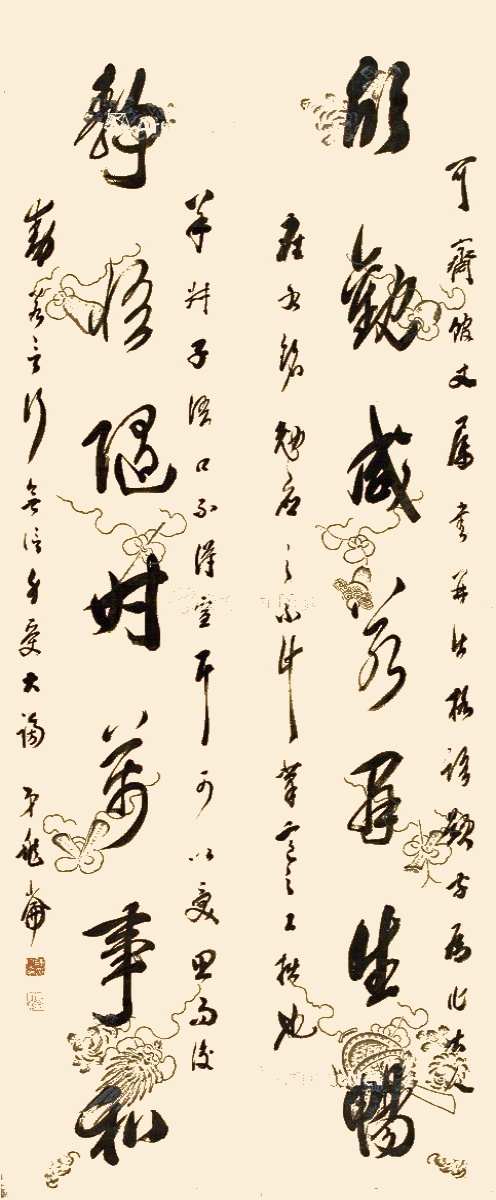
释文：欣观咸若群生畅，静悟随时万事和。可斋馆丈属书并出格语，题字为作大人座右铭，勉应之，不计笔意之工拙也。羊叔子语，口不得宣，耳可以受，思而后动，若言行无信，身受大谤。弟兆仑。